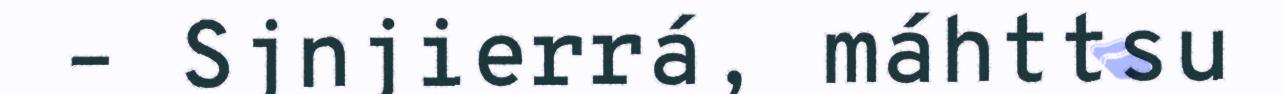
– Sjnjierrá, máhttsu